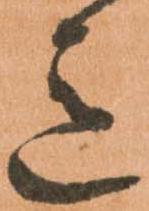
意